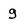
Character: g